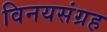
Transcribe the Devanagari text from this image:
विनयसंग्रह